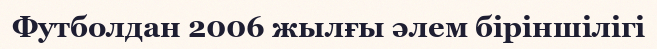
Футболдан 2006 жылғы әлем біріншілігі